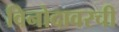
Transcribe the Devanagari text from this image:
विनोदावरची